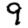
Digit: 9